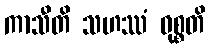
ကာသီတိ သဟဿံ ဝုစ္စတိ